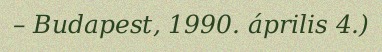
– Budapest, 1990. április 4.)